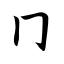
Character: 冂